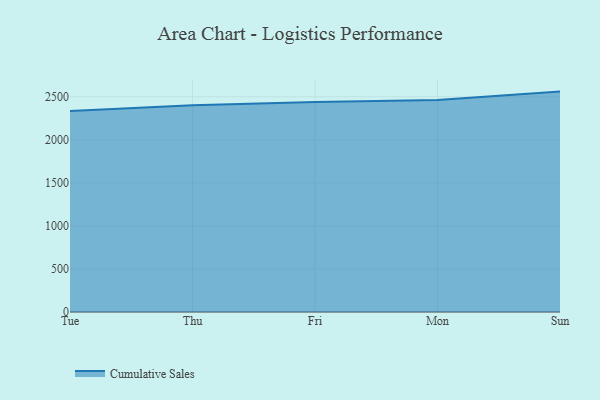
{"axis": {"x": "Day", "y": "Page Views"}, "legend": ["Cumulative Sales"], "data": [{"x": "Tue", "y": 2333.9, "type": "Cumulative Sales"}, {"x": "Thu", "y": 2401.7, "type": "Cumulative Sales"}, {"x": "Fri", "y": 2440.2, "type": "Cumulative Sales"}, {"x": "Mon", "y": 2461.4, "type": "Cumulative Sales"}, {"x": "Sun", "y": 2559.9, "type": "Cumulative Sales"}]}